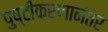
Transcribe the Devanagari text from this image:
पुष्टीकरणानंतर